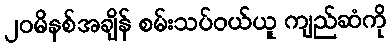
၂၀မိနစ်အချိန် စမ်းသပ်ဝယ်ယူ ကျည်ဆံကို